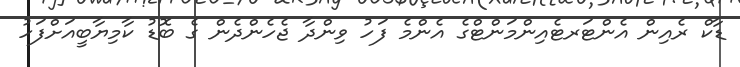
ޑާކް ރެއިން އެންޓަރޓެއިންމަންޓްގެ އެންމެ ފަހު ވިންދާ ޖެހެންދެން ގެ ބޮޑު ކާމިޔާބީއަށްފަހު